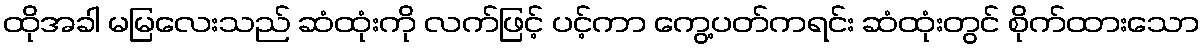
ထိုအခါ မမြလေးသည် ဆံထုံးကို လက်ဖြင့် ပင့်ကာ ကွေ့ပတ်ကရင်း ဆံထုံးတွင် စိုက်ထားသော